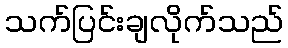
သက်ပြင်းချလိုက်သည်